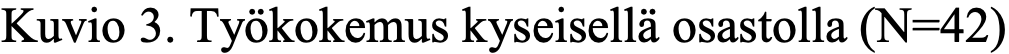
Kuvio 3. Työkokemus kyseisellä osastolla (N=42)